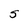
Character: S